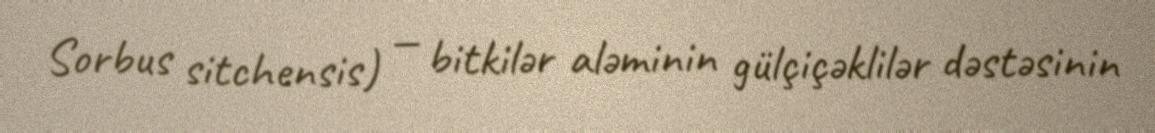
Sorbus sitchensis) — bitkilər aləminin gülçiçəklilər dəstəsinin